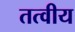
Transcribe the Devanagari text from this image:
तत्‍वीय